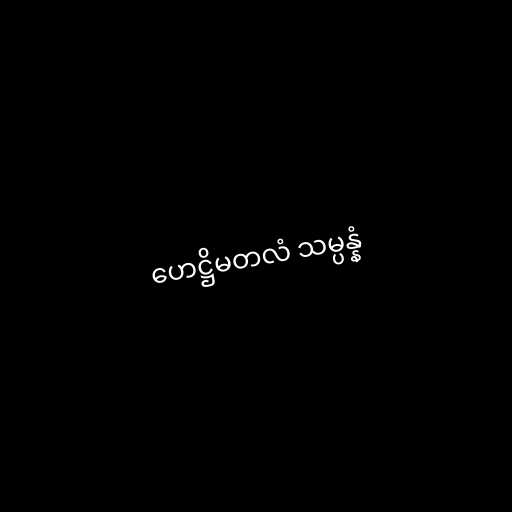
ဟေဋ္ဌိမတလံ သမ္ပန္နံ